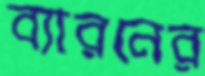
ব্যারনের